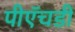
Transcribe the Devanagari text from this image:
पीऍचडी